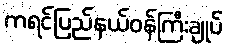
ကရင်ပြည်နယ်ဝန်ကြီးချုပ်